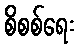
စိစစ်ရေး